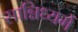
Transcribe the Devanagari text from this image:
सान्निध्‍यमें